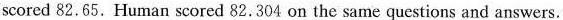
scored 82.65.Human scored 82.304 on the same questions and answers.